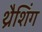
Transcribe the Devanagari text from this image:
थ्रैशिंग